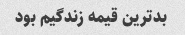
بدترین قیمه زندگیم بود